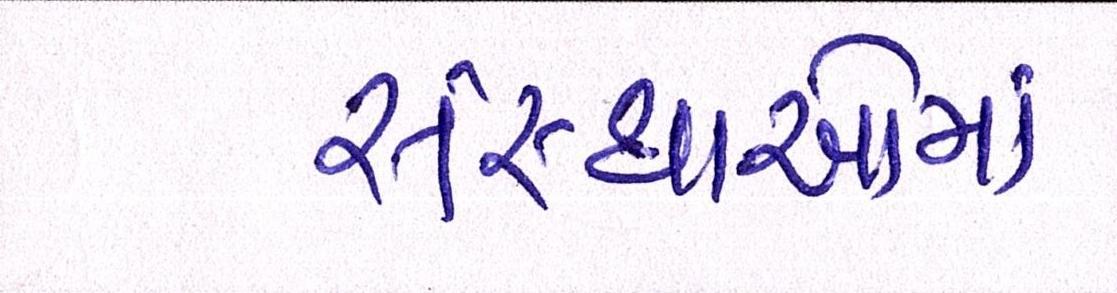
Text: સંસ્થાઓમાં